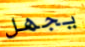
يجهل